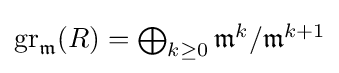
\textstyle \operatorname {gr} _{\mathfrak {m}}(R)=\bigoplus _{k\geq 0}{\mathfrak {m}}^{k}/{{\mathfrak {m}}^{k+1}}